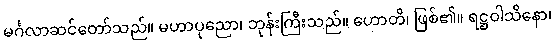
မင်္ဂလာဆင်တော်သည်။ မဟာပုညော၊ ဘုန်းကြီးသည်။ ဟောတိ၊ ဖြစ်၏။ ရဋ္ဌဝါသိနော၊